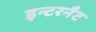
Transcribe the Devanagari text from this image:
इन्टरनैट